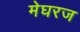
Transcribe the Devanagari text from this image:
मेघरज